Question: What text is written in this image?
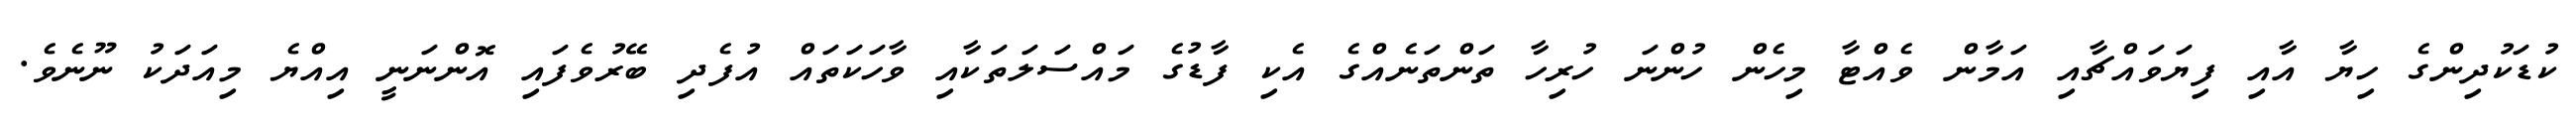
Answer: ކުޑަކުދިންގެ ހިޔާ އާއި ފިޔަވައްޗާއި އަމާން ވެއްޓާ މިހެން ހުންނަ ހުރިހާ ތަންތަނެއްގެ އެކި ފާޑުގެ މައްސަލަތަކާއި ވާހަކަތައް އުފެދި ބޭރުވެފައި އޮންނަނީ އިއްޔެ މިއަދަކު ނޫނެވެ.